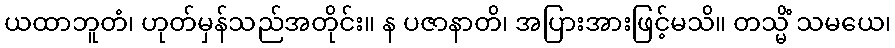
ယထာဘူတံ၊ ဟုတ်မှန်သည်အတိုင်း။ န ပဇာနာတိ၊ အပြားအားဖြင့်မသိ။ တသ္မိံ သမယေ၊